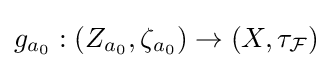
g_{a_{0}}:\left(Z_{a_{0}},\zeta _{a_{0}}\right)\to \left(X,\tau _{\mathcal {F}}\right)